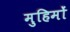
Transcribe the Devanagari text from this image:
मुहिमों